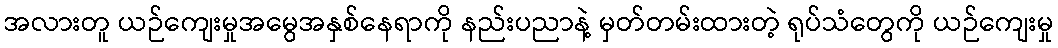
အလားတူ ယဉ်ကျေးမှုအမွေအနှစ်နေရာကို နည်းပညာနဲ့ မှတ်တမ်းထားတဲ့ ရုပ်သံတွေကို ယဉ်ကျေးမှု